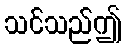
သင်သည်ဤ